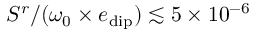
S ^ { r } / ( \omega _ { 0 } \times e _ { \mathrm { d i p } } ) \lesssim 5 \times 1 0 ^ { - 6 }